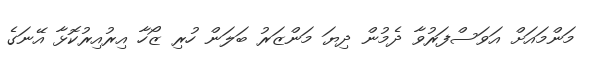
މަންމައަށް އަވަސްފަރުވާ ދެމުން ދިޔަ މަންޒަރު ބަލަން ހުރި ޒޯހާ އިރުއިރުކޮޅާ އޭނަގެ